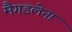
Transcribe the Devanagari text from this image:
मैगडलेना